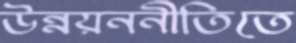
উন্নয়ননীতিতে